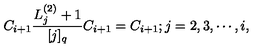
C _ { i + 1 } \frac { L _ { j } ^ { ( 2 ) } + 1 } { [ j ] _ { q } } C _ { i + 1 } = C _ { i + 1 } ; j = 2 , 3 , \cdots , i ,